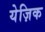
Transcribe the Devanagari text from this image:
येज़िक